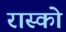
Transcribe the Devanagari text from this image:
रास्को